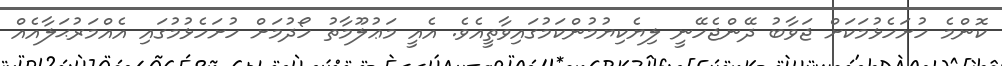
ކޮންމެ ހުށަހެޅުމަކަށް ޖަވާބު ދޭންޖެހޭނީ ލިޔެކިޔުމުންކަމުގައިވާތީއެވެ. އެއީ މަޢުލޫމާތު ހޯދުމަށް ހުށަހެޅުމުގައި އެއްމަރުޙަލާއެއް